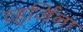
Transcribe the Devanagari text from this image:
व्हर्जिना